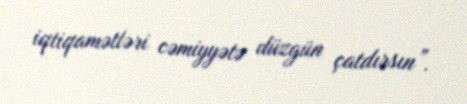
iqtiqamətləri cəmiyyətə düzgün çatdırsın”.